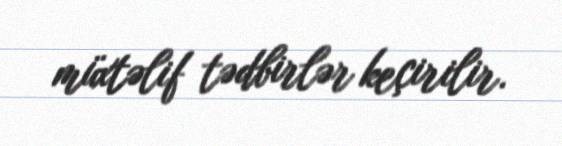
müxtəlif tədbirlər keçirilir.